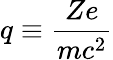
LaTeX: q\equiv\frac{Ze}{mc^{2}}